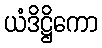
ယံဒိဋ္ဌိကော